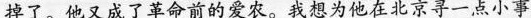
掉了。他又成了革命前的爱农。我想为他在北京寻一点小事